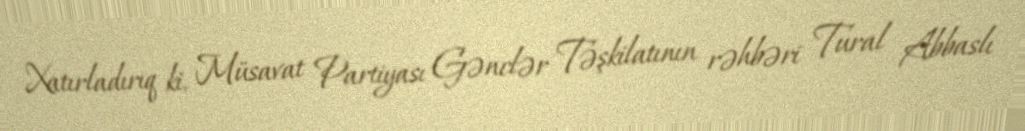
Xatırladırıq ki, Müsavat Partiyası Gənclər Təşkilatının rəhbəri Tural Abbaslı